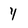
Character: 4